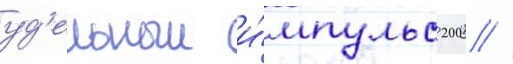
уд'ельныи и́мпульс 200 //